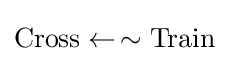
{\hbox{Cross}}\leftarrow \,\sim {\hbox{Train}}